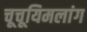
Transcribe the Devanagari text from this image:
चूचूयिमलांग